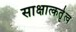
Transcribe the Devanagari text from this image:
साक्षात्कर्तृत्व